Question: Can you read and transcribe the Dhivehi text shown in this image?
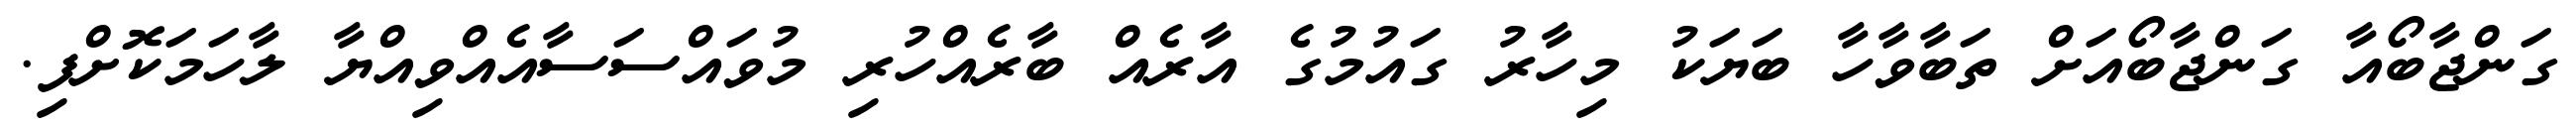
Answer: ގަންޖާބޯއާ ގަންޖާބޯއަށް ތަބާވާހާ ބަޔަކު މިހާރު ގައުމުގެ އާރެއް ބާރެއްހުރި މުވައްސަސާއެއްވިއްޔާ ލާހަމަކޮށްފި.